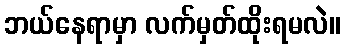
ဘယ်နေရာမှာ လက်မှတ်ထိုးရမလဲ။